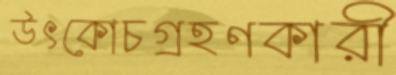
উৎকোচগ্রহণকারী